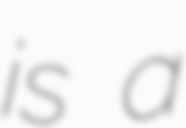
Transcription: is a